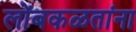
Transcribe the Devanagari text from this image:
लोंबकळतांना